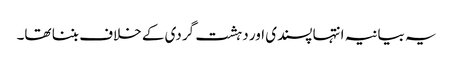
یہ بیانیہ انتہا پسندی اور دہشت گردی کے خلاف بننا تھا۔